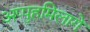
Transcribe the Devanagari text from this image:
अप्पुहमिलागे